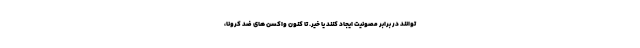
توانند در برابر مصونیت ایجاد کنند یا خیر. تا کنون واکسن های ضد کرونا،